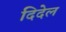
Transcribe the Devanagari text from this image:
दिदेल